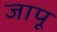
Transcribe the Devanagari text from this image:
जापू